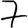
Digit: 7